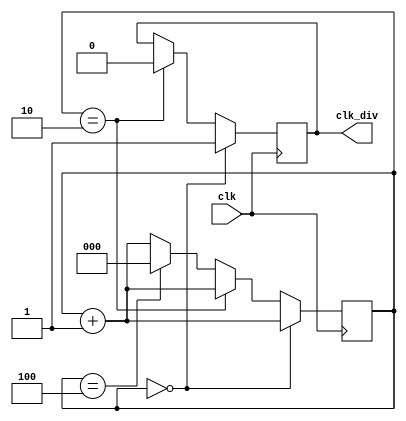
`timescale 1ns / 1ps

module clockDiv(
    input clk,
    output reg clk_div = 0
    );
    reg [2:0] counter = 3'b011;
    always @(posedge clk) begin
        if(counter == 3'b000) begin
            clk_div <= 1'b1;
            counter <= counter + 1'b1;
        end
        else if(counter == 3'b010) begin
            clk_div <= 1'b0;
            counter <= counter + 1'b1;
        end
        else if(counter == 3'b100)
            counter <= 3'b000;
        else
            counter <= counter + 1'b1;
    end
endmodule